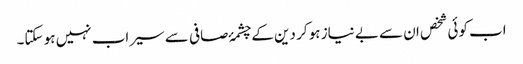
اب کوئی شخص ان سے بے نیاز ہو کر دین کے چشمۂ صافی سے سیراب نہیں ہو سکتا۔